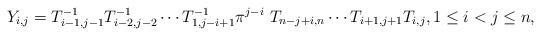
\begin{gather*}Y_{i,j}= T_{i-1,j-1}^{-1} T_{i-2,j-2}^{-1} \cdots T_{1,j-i+1}^{-1} \pi^{j-i}~T_{n-j+i,n} \cdots T_{i+1,j+1} T_{i,j}, 1 \le i < j \le n,\end{gather*}